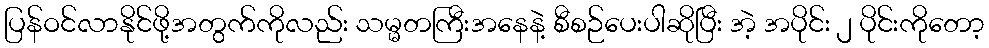
ပြန်ဝင်လာနိုင်ဖို့အတွက်ကိုလည်း သမ္မတကြီးအနေနဲ့ စီစဉ်ပေးပါဆိုပြီး အဲ့ အပိုင်း ၂ ပိုင်းကိုတော့